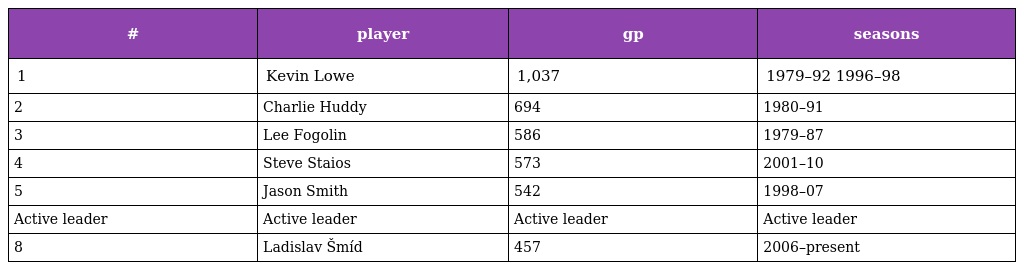
| # | player | gp | seasons |
 | --- | --- | --- | --- |
 | 1 | Kevin Lowe | 1,037 | 1979–92 1996–98 |
 | 2 | Charlie Huddy | 694 | 1980–91 |
 | 3 | Lee Fogolin | 586 | 1979–87 |
 | 4 | Steve Staios | 573 | 2001–10 |
 | 5 | Jason Smith | 542 | 1998–07 |
 | Active leader | Active leader | Active leader | Active leader |
 | 8 | Ladislav Šmíd | 457 | 2006–present |